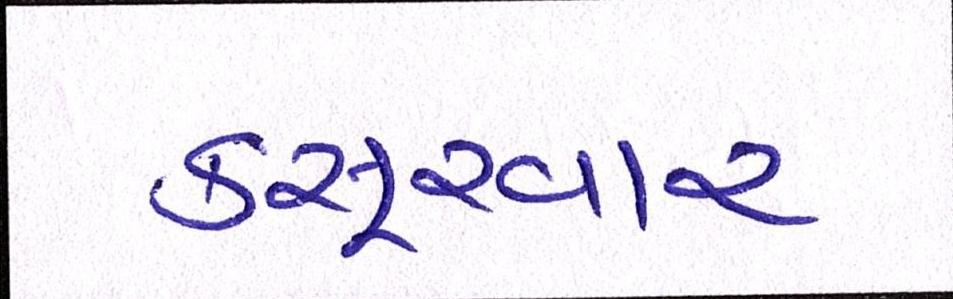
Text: કસૂરવાર